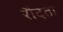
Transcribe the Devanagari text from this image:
रौदता